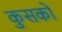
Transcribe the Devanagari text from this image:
कुसको